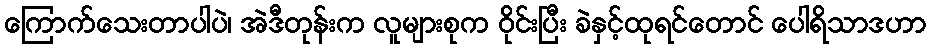
ကြောက်သေးတာပါပဲ၊ အဲဒီတုန်းက လူများစုက ဝိုင်းပြီး ခဲနှင့်ထုရင်တောင် ပေါရိသာဒဟာ